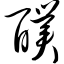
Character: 醭